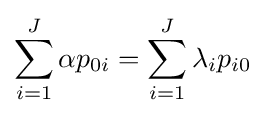
\sum _{i=1}^{J}\alpha p_{0i}=\sum _{i=1}^{J}\lambda _{i}p_{i0}